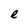
Character: e